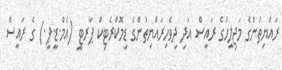
ރައްޔިތުންގެ މަޖިލީހުގެ ރައީސް އަދި ދިވެހިރައްޔިތުންގެ ޑިމޮކްރެޓިކް ޕާރޓީ (އެމް.ޑީ.ޕީ.) ގެ ރައީސް